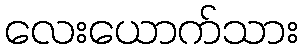
လေးယောက်သား